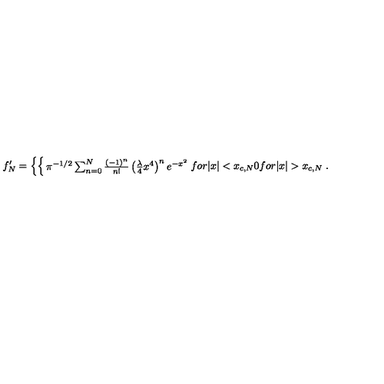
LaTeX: f _ { N } ^ { \prime } = \left\{ \begin{cases} { \pi ^ { - 1 / 2 } \sum _ { n = 0 } ^ { N } { \frac { \left( - 1 \right) ^ { n } } { n ! } } \left( { \frac { \lambda } { 4 } } x ^ { 4 } \right) ^ { n } e ^ { - x ^ { 2 } } } & { f o r | x | < x _ { c , N } } \\ { 0 } & { f o r | x | > x _ { c , N } } \\ \end{cases} \right. .